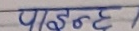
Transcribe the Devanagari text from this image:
पाइन्छ